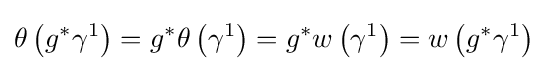
\theta \left(g^{*}\gamma ^{1}\right)=g^{*}\theta \left(\gamma ^{1}\right)=g^{*}w\left(\gamma ^{1}\right)=w\left(g^{*}\gamma ^{1}\right)